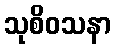
သုစိဝသနာ